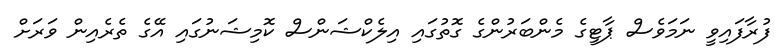
ފުރާފައިވީ ނަމަވެސް ޕާޓީގެ މެންބަރުންގެ ގޮތުގައި އިލެކްޝަންސް ކޮމިޝަނުގައި އޭގެ ތެރެއިން ވަރަށް